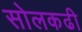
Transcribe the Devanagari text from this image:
सोलकढी